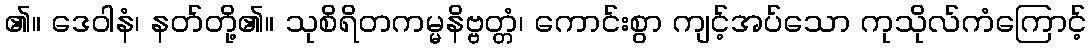
၏။ ဒေဝါနံ၊ နတ်တို့၏။ သုစိရိတကမ္မနိဗ္ဗတ္တံ၊ ကောင်းစွာ ကျင့်အပ်သော ကုသိုလ်ကံကြောင့်